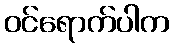
ဝင်ရောက်ပါက